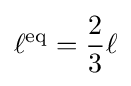
\ell ^{\mathrm {eq} }={\frac {2}{3}}\ell